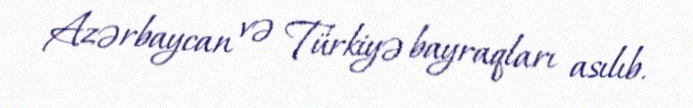
Azərbaycan və Türkiyə bayraqları asılıb.